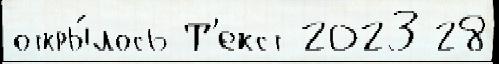
откры́лось Т'екст 2023 28